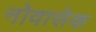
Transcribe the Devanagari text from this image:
नोवासेक